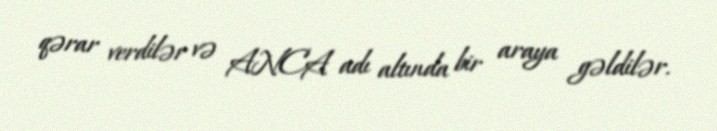
qərar verdilər və ANCA adı altında bir araya gəldilər.